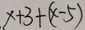
x + 3 + ( x - 5 )